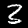
Label: 3